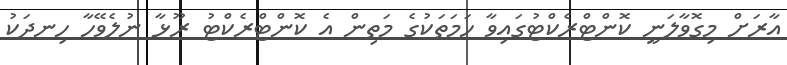
އާރަށް މިގޮވާލަނީ ކޮންޓްރެކްޓުގައިވާ ހަމަތަކުގެ މަތިން އެ ކޮންޓްރެކްޓު ރޫޅާ ނުލެވޭހާ ހިނދަކު